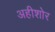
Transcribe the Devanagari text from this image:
अहीशोर